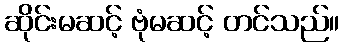
ဆိုင်းမဆင့် ဗုံမဆင့် တင်သည်။